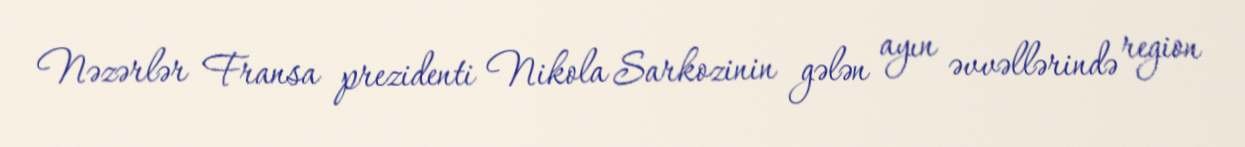
Nəzərlər Fransa prezidenti Nikola Sarkozinin gələn ayın əvvəllərində region